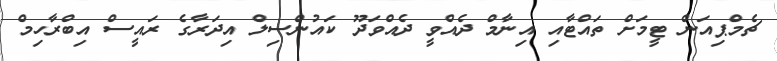
ޗެމްޕިއަން ޓީމަށް ތައްޓާއި އިނާމް ދެއްވީ ދެއްވަދޫ ކައުންސިލް އިދަރާގެ ރައީސް އިބްރާހިމް